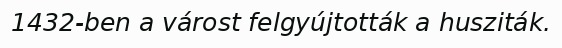
1432-ben a várost felgyújtották a husziták.